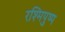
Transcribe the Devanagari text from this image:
रश्मिपुष्प